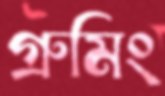
গ্রুমিং